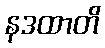
နဒထာတိ